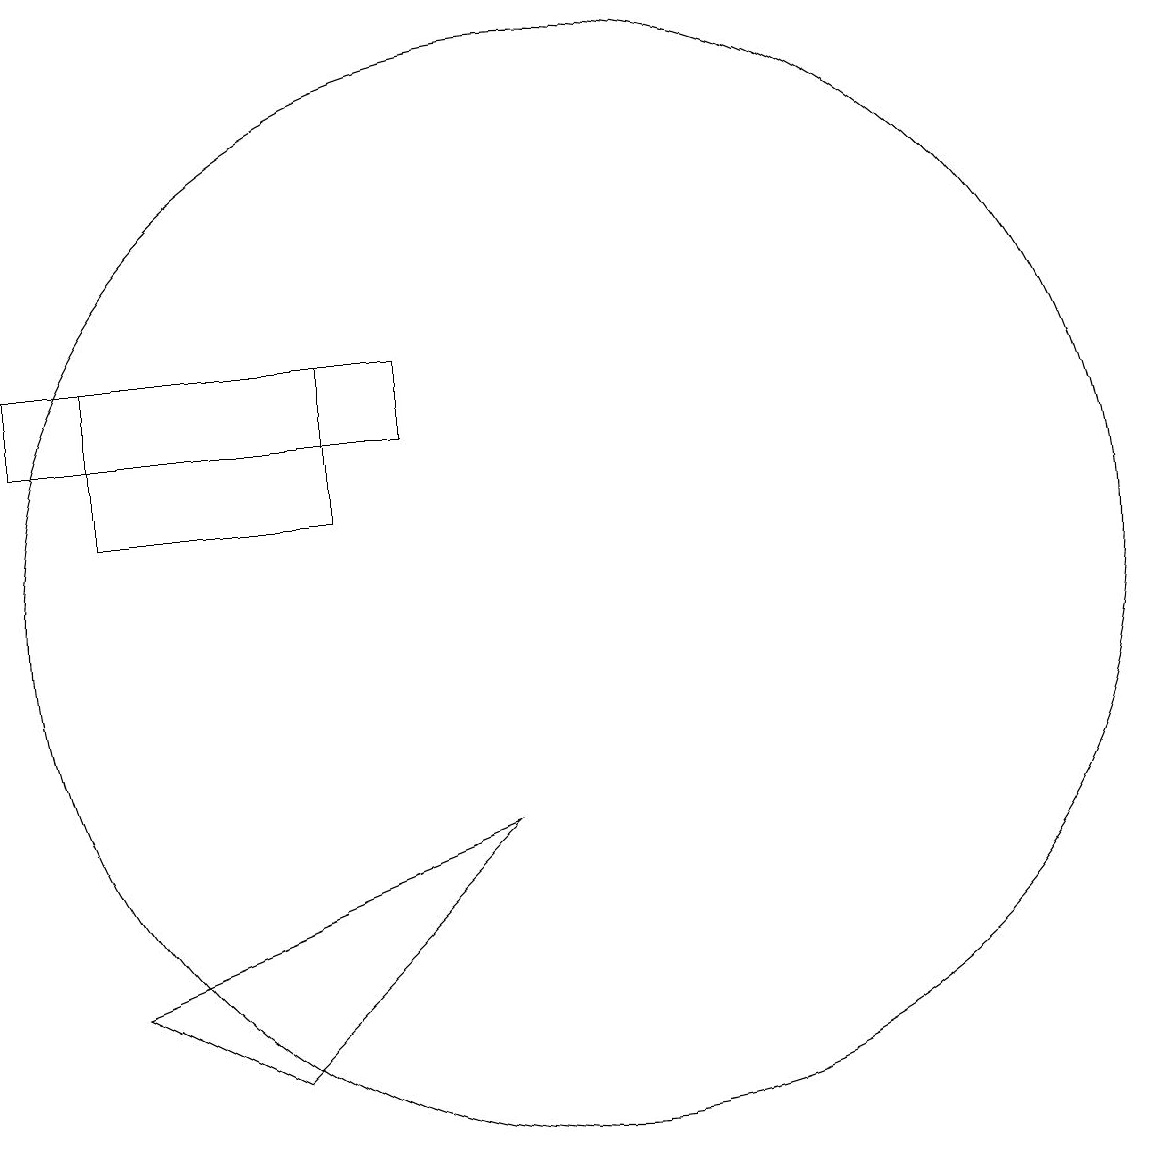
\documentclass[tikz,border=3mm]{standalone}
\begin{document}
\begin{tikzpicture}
\draw (4,12) rectangle (7,14);
\draw (3,13) rectangle (8,14);
\draw (10,11) circle (7);
\draw (6,5) -- (4,6) -- (9,8) -- cycle;
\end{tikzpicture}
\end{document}